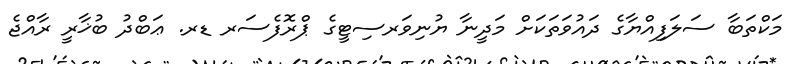
މަކްތަބާ ސަލަފިއްޔާގެ ދައުވަތަކަށް މަދީނާ ޔުނިވަރސިޓީގެ ޕްރޮފެސަރ ޑރ. ޢަބްދު ބުޚާރީ ރާއްޖެ